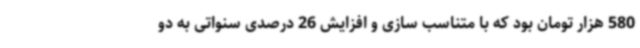
580 هزار تومان بود که با متناسب سازی و افزایش 26 درصدی سنواتی به دو